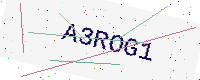
Text: A3ROG1